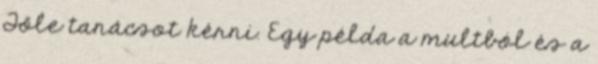
Tőle tanácsot kérni. Egy példa a multból és a